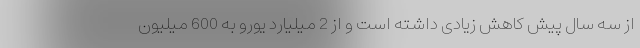
از سه سال پیش کاهش زیادی داشته است و از 2 میلیارد یورو به 600 میلیون